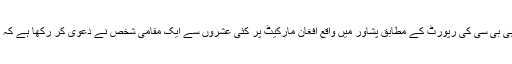
برطانوی نشریاتی ادارے بی بی سی کی رپورٹ کے مطابق پشاور میں واقع افغان مارکیٹ پر کئی عشروں سے ایک مقامی شخص نے دعویٰ کر رکھا ہے کہ یہ جگہ ان کی ملکیت ہے۔